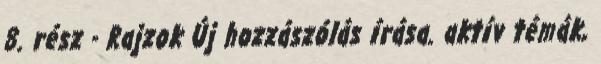
8. rész - Rajzok Új hozzászólás írása. aktív témák,